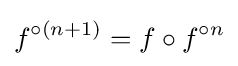
f^{\circ (n+1)}=f\circ f^{\circ n}